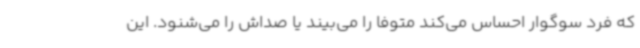
که فرد سوگوار احساس می‌کند متوفا را می‌بیند یا صداش را می‌شنود. این